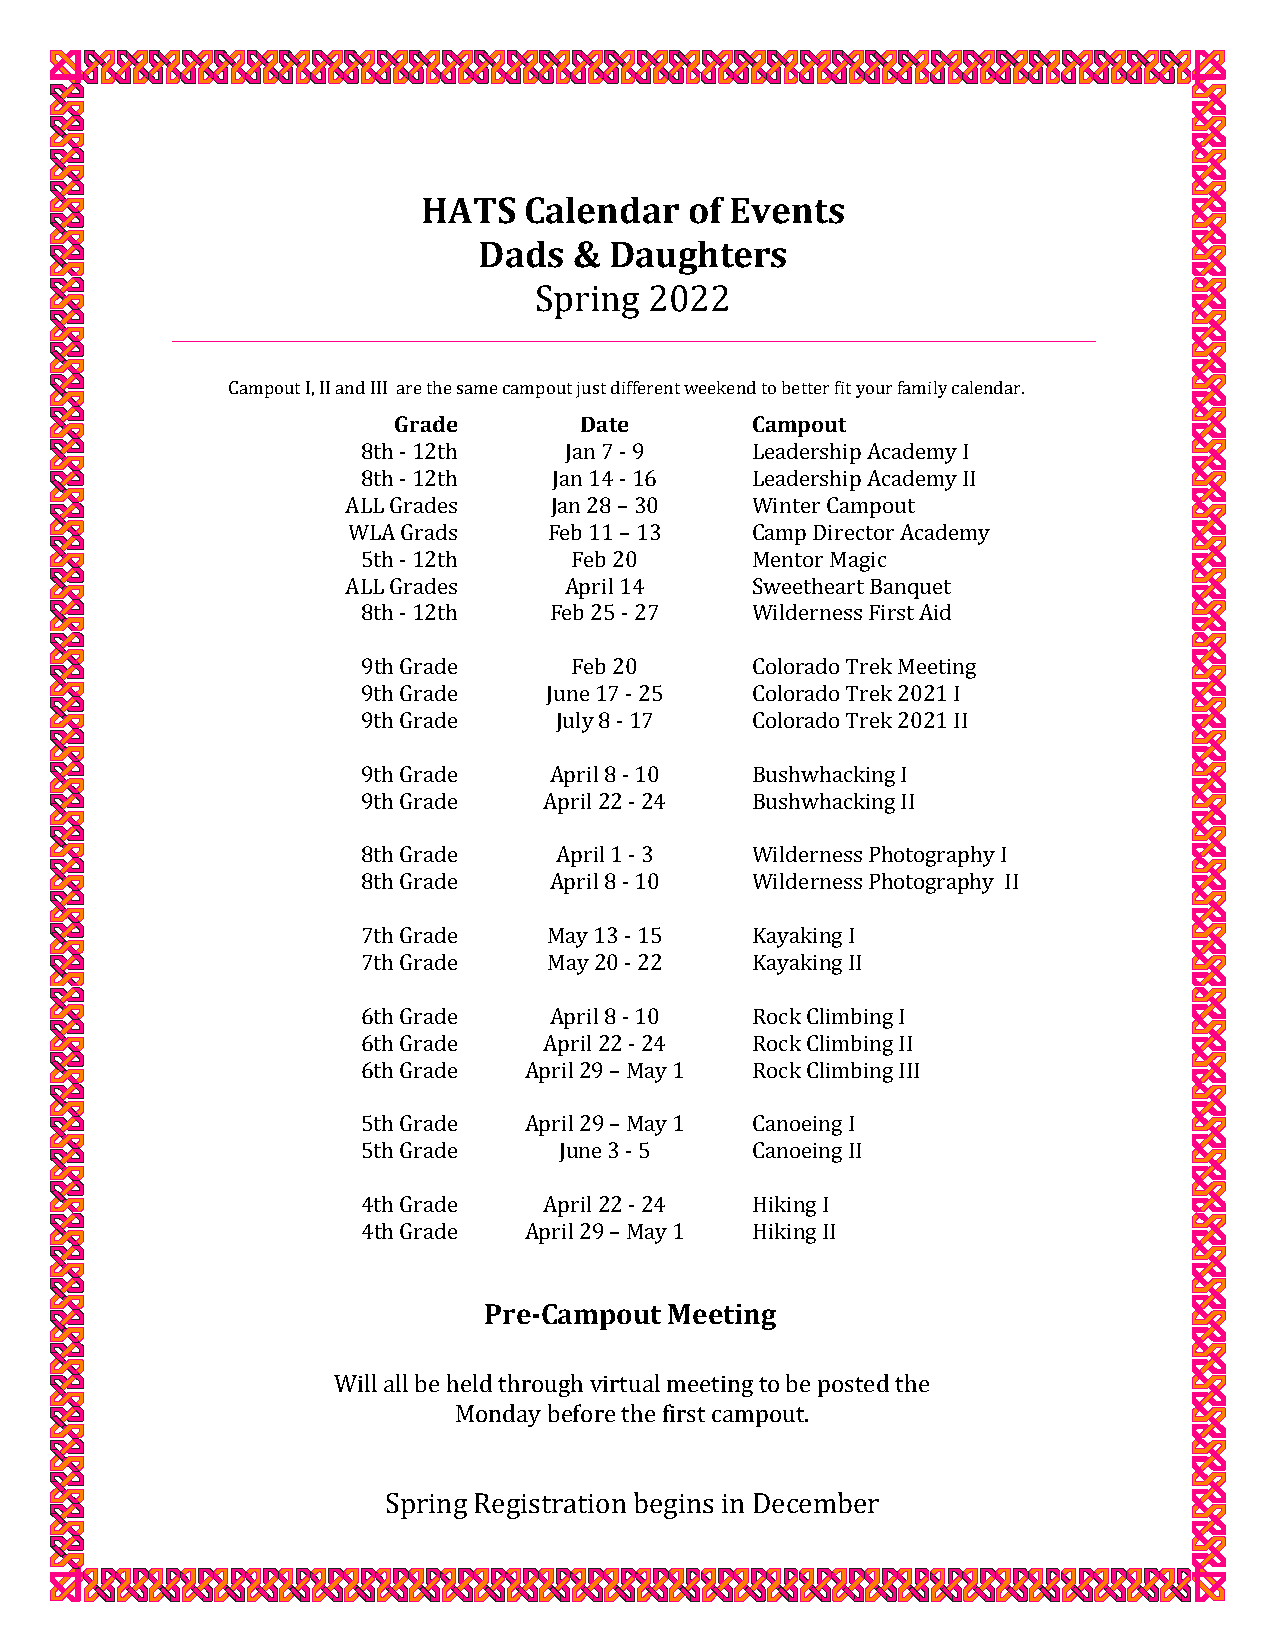
HATS   Calendar   of Events
 Dads  & Daughters
 Spring  2022
 Campout I, II and III are the same campout just different weekend to better fit your family calendar.
 Grade       Date        Campout
 8th - 12th   Jan 7 - 9    Leadership Academy I
 8th - 12th   Jan 14 - 16  Leadership Academy II
 ALL Grades   Jan 28 – 30   Winter Campout
 WLA Grads    Feb 11 – 13   Camp Director Academy
 5th - 12th    Feb 20      Mentor Magic
 ALL Grades    April 14     Sweetheart Banquet
 8th - 12th  Feb 25 - 27   Wilderness First Aid
 9th Grade     Feb 20      Colorado Trek Meeting
 9th Grade   June 17 - 25  Colorado Trek 2021 I
 9th Grade    July 8 - 17  Colorado Trek 2021 II
 9th Grade   April 8 - 10  Bushwhacking I
 9th Grade   April 22 - 24 Bushwhacking II
 8th Grade    April 1 - 3  Wilderness Photography I
 8th Grade   April 8 - 10  Wilderness Photography II
 7th Grade   May 13 - 15   Kayaking I
 7th Grade   May 20 - 22   Kayaking II
 6th Grade   April 8 - 10  Rock Climbing I
 6th Grade   April 22 - 24 Rock Climbing II
 6th Grade  April 29 – May 1 Rock Climbing III
 5th Grade  April 29 – May 1 Canoeing I
 5th Grade    June 3 - 5   Canoeing II
 4th Grade   April 22 - 24 Hiking I
 4th Grade  April 29 – May 1 Hiking II
 Pre-Campout Meeting
 Will all be held through virtual meeting to be posted the
 Monday before the first campout.
 Spring Registration begins in December